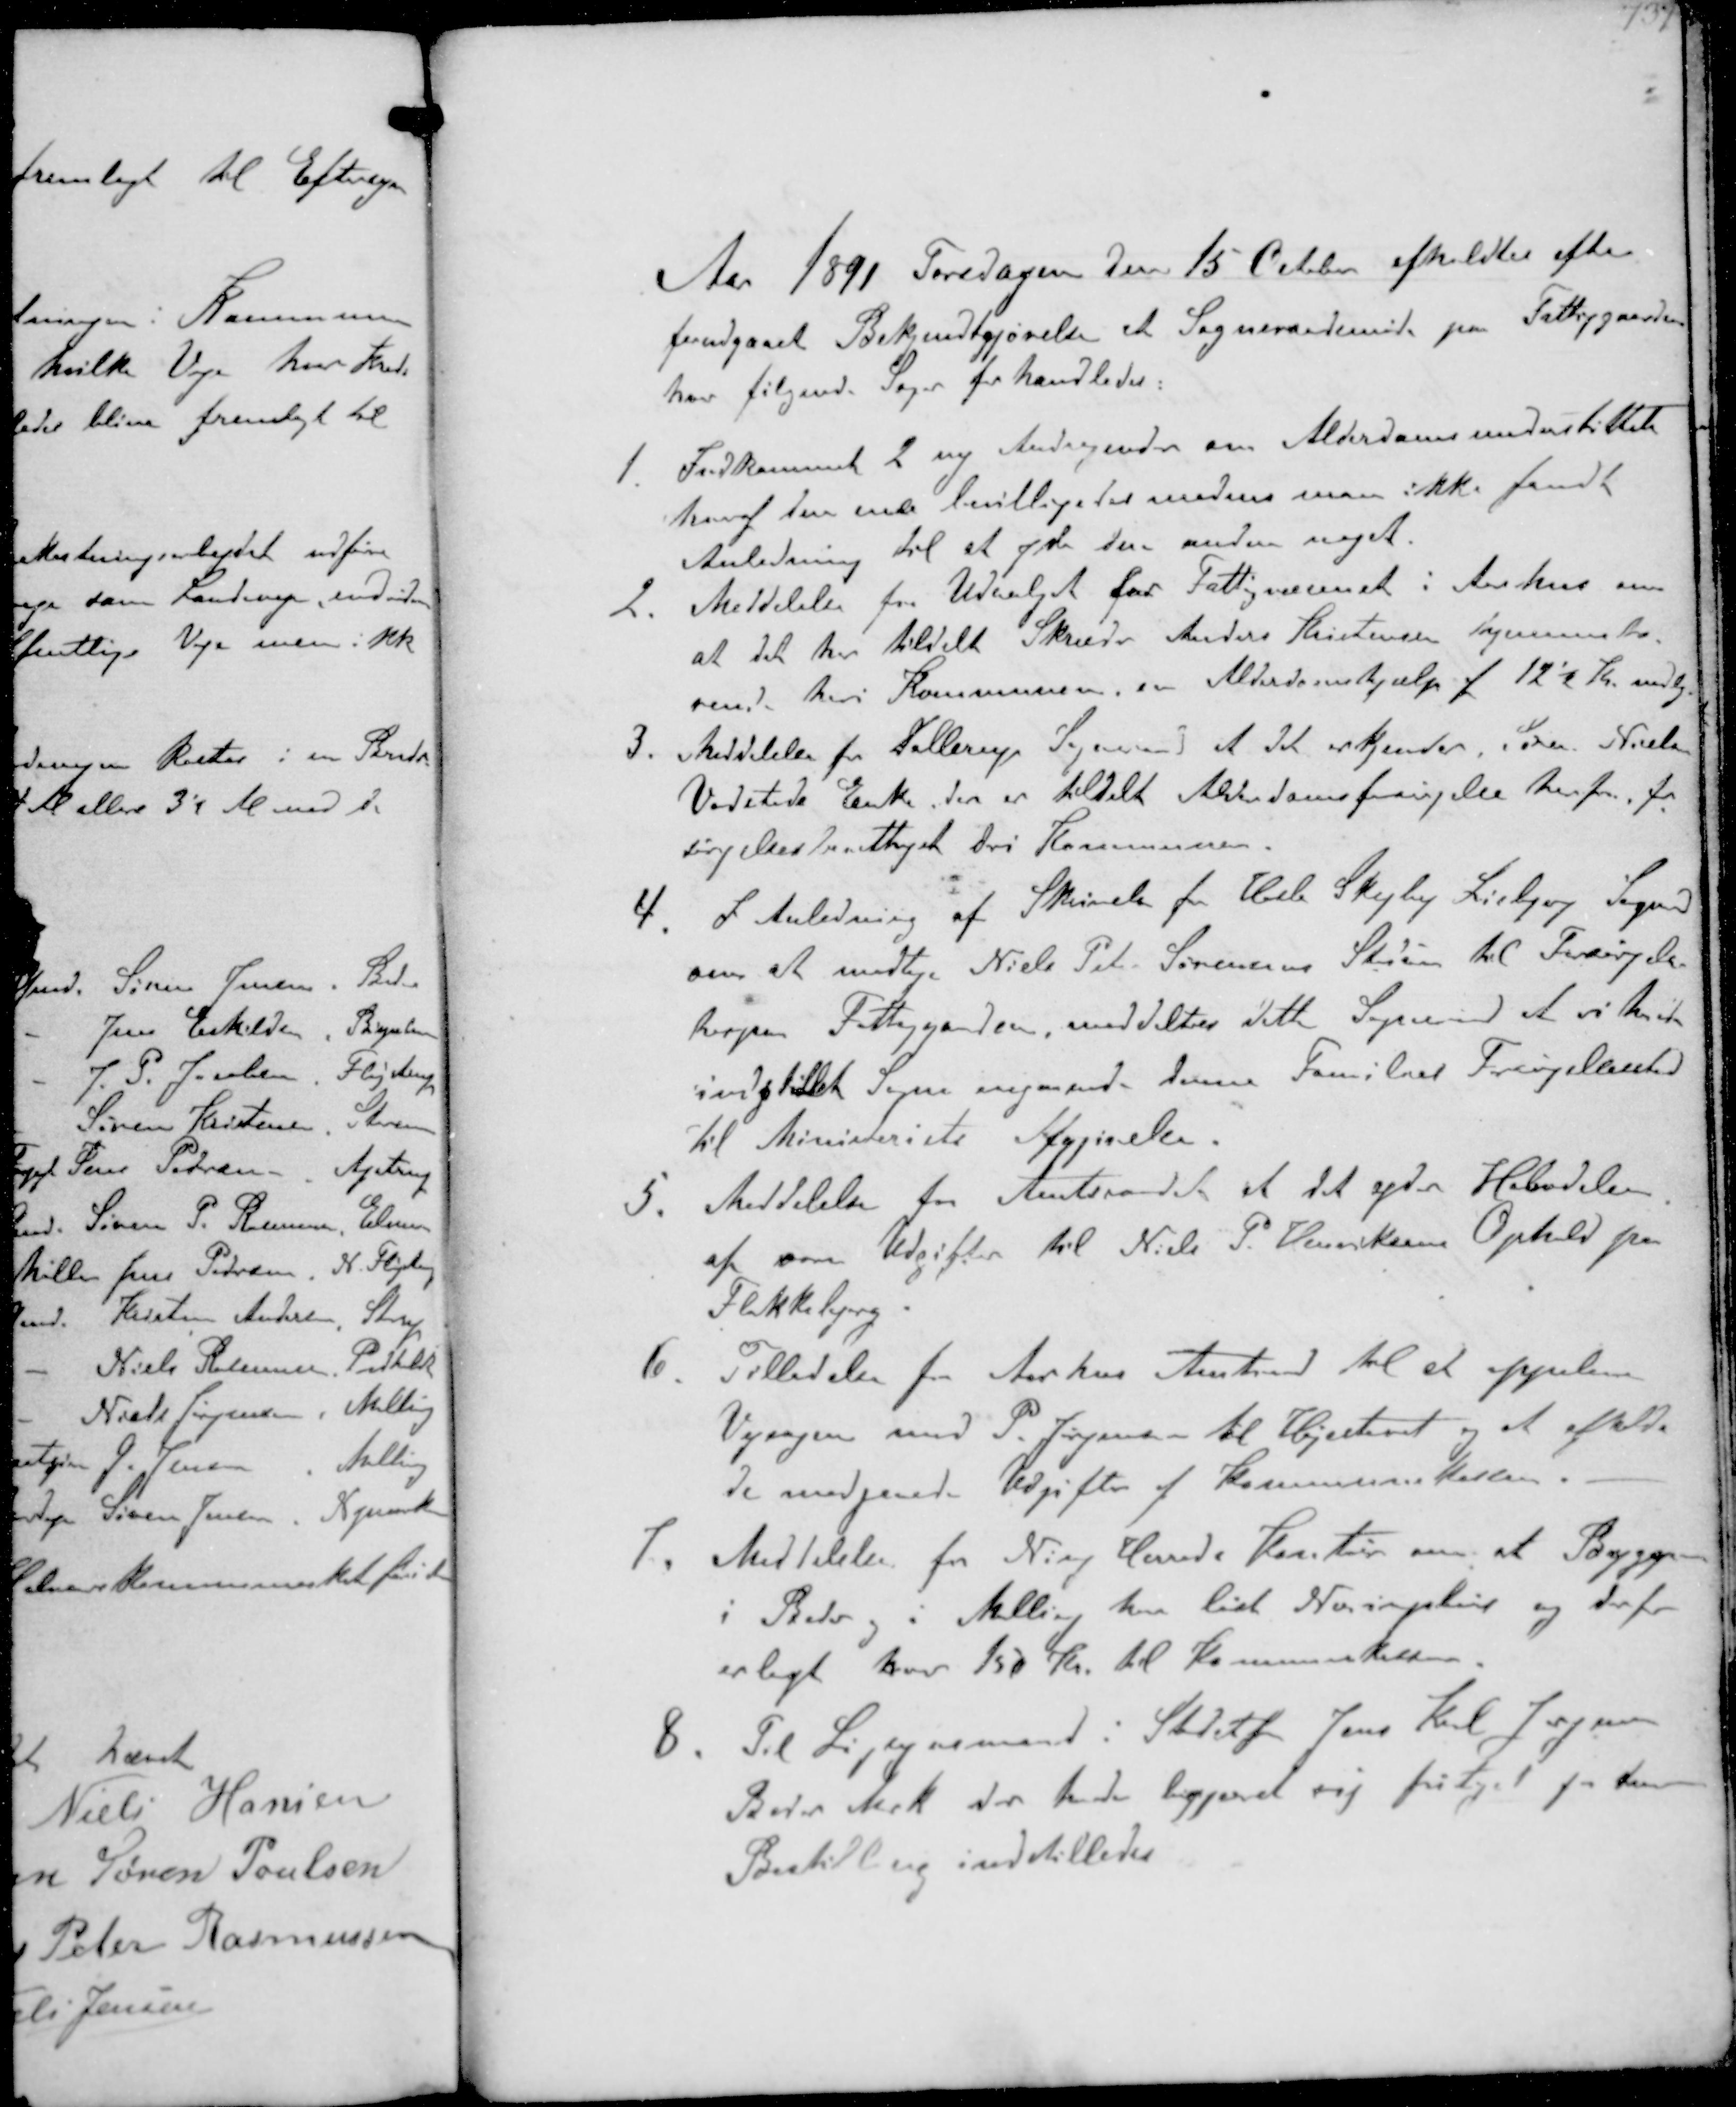
Transskription:
Aar 1891 Torsdagen den 15 Octber afholdtes efter
forudgaaet Bekjendtgjørelse et Sogneraadsmøde pa Fattiggaarden
hvor følgende Sager forhandledes:
1. Indkommet 2 ny Andragender om Alderdomsunderstøttelse
hvor den ene bevilligedes medens man ikke fandt
Anledning til at yde den anden noget.
2. Meddelelse fra Udvalget for Fattigvæsenet i Aarhus om
at det har tildelt Skræder Anders Kristensen hjemmehø-
rende heri Kommunen en Alderdomshjælp af 12½ Kr mdlg
3. Meddelelse fra Dollerup Sogneraad at det erkender Søren Nielsen
Vedsteds Enke der er tildelt Alderdomsforsørgelse herfra for-
sørgelsesberettiget deri Kommunen
4. I Anledning af Skrivelse fra Hasle Skejby Lisbjerg Sogneraad
om at modtage Niels Peter Sørensens Stedsøn til Forsørgelse
herpaa Fattiggaarden meddeles dette Sogneraad at vi havde
indstillet Sagen angaende denne Families Forsørgelsessted
til Ministeriets Afgjørelse
5. Meddelelse fra Amtsraadet at det yde Halvdelen
af vore Udgifter til Niels P. Henriksens Ophold paa
Flakkebjerg
6. Tilladelse fra Aarhus Amtsraad til at appelere
Vejsagen mod P Jørgensen til Højesteret og at afholde
de medgaaede Udgifter af Kommunekassen.
7 Meddelelse for Ning Herreds Kontor om at Bryggerne
i Beder og i Malling har løst Næringsbevis og derfor
erlagt hver 150 Kr til Kommunekassen
8. Til Ligsynsmand i Stedetfor Jens Karl Jørgensen
Beder Mrk der havde begjæret sig fritaget for denne
Bestilling indstilledes